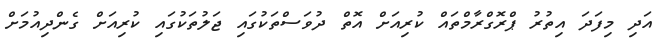
އަދި މިފަދަ އިތުރު ޕްރޮގްރާމްތައް ކުރިއަށް އޮތް ދުވަސްތަކުގައި ޖަލުތަކުގައި ކުރިއަށް ގެންދިއުމަށް